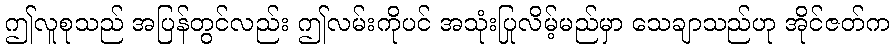
ဤလူစုသည် အပြန်တွင်လည်း ဤလမ်းကိုပင် အသုံးပြုလိမ့်မည်မှာ သေချာသည်ဟု အိုင်ဇတ်က